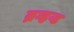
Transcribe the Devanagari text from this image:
ब्रम्हन्ड